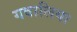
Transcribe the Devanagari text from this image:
गवालिया